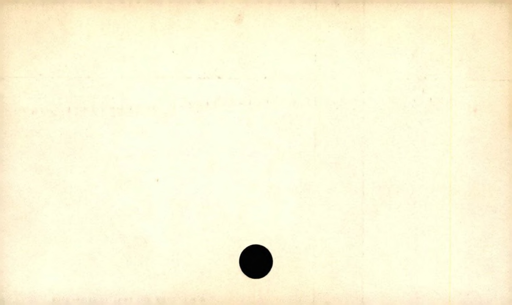
Label: blank